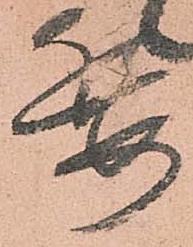
委